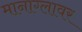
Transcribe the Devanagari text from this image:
मानाग्लावर